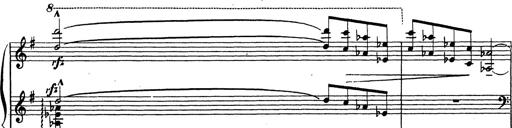
Title: Grosses Konzertsolo
Composer: Franz Liszt